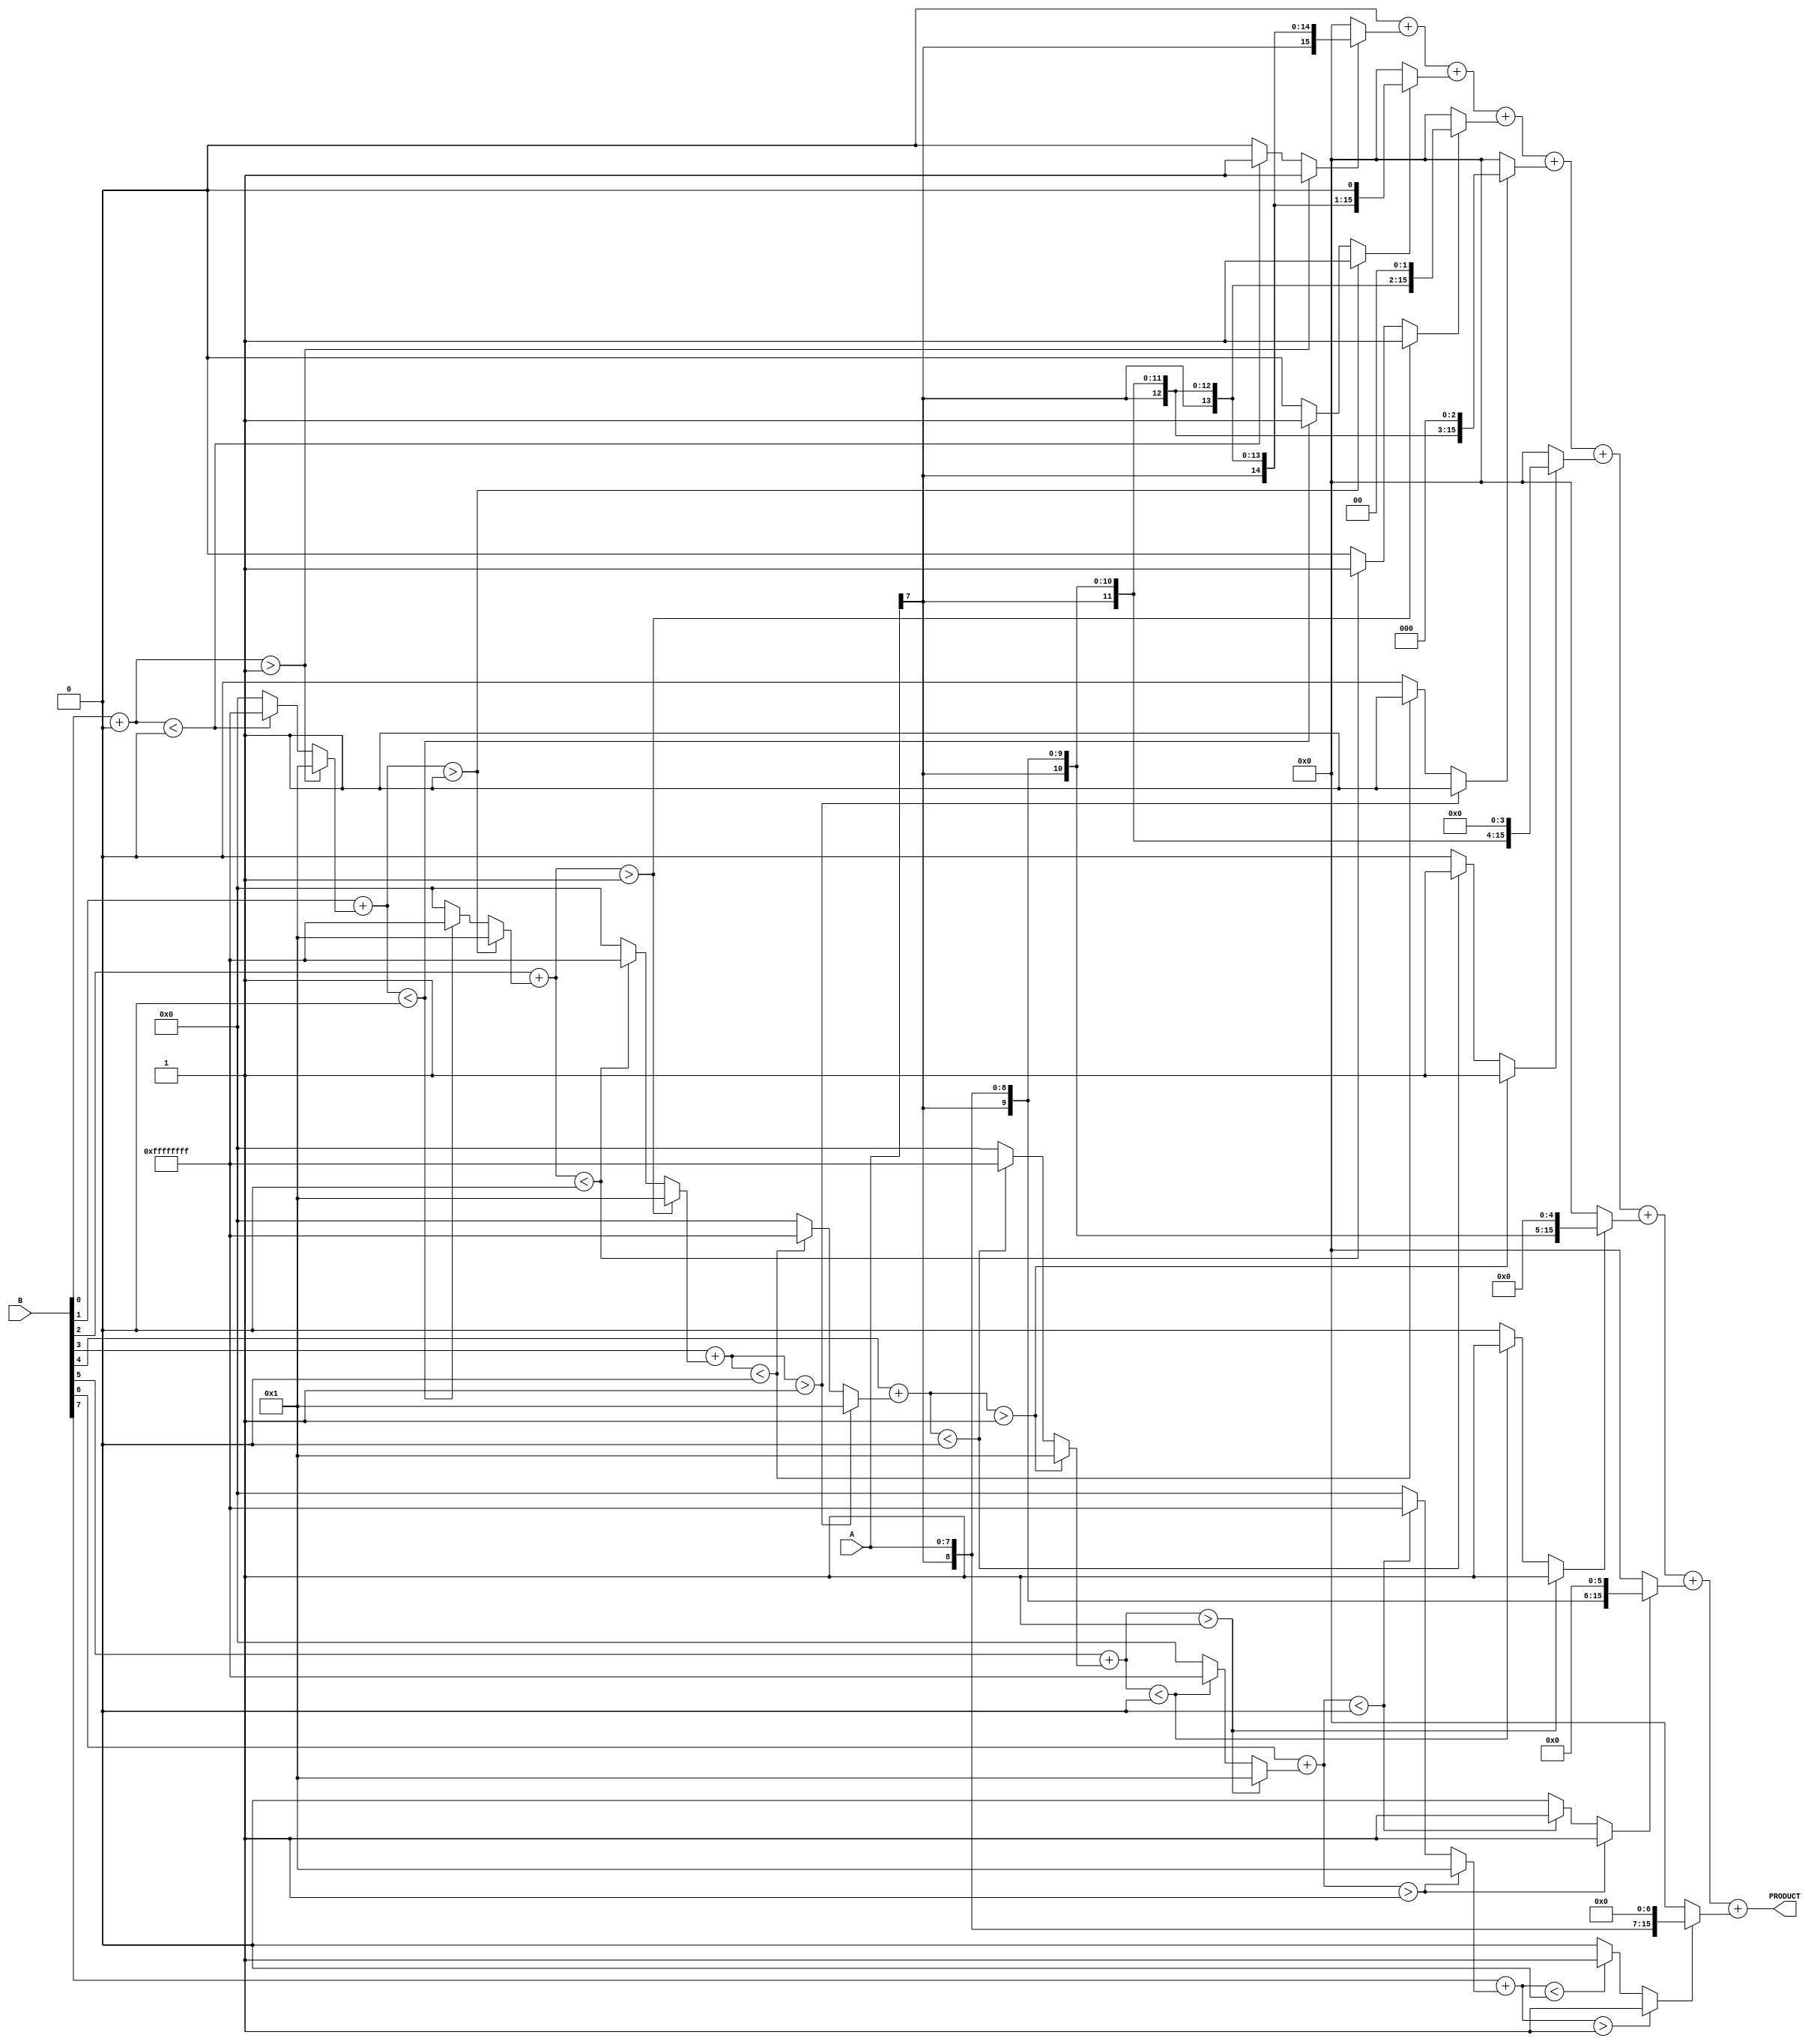
module csd_multiplier #(parameter WIDTH = 8)(
    input signed [WIDTH-1:0] A,  // Multiplicand
    input signed [WIDTH-1:0] B,  // Multiplier
    output reg signed [2*WIDTH-1:0] PRODUCT // Product
);

// Function to convert binary to CSD
function signed [WIDTH-1:0] binary_to_csd;
    input signed [WIDTH-1:0] bin;
    reg signed [WIDTH-1:0] csd;
    integer i, carry;
    begin
        csd = 0;
        carry = 0;
        for (i = 0; i < WIDTH; i = i + 1) begin
            if ((bin[i] + carry) > 1) begin
                csd[i] = -1;
                carry = 1;
            end else if ((bin[i] + carry) < 0) begin
                csd[i] = 1;
                carry = -1;
            end else begin
                csd[i] = 0;
                carry = 0;
            end
        end
        binary_to_csd = csd;
    end
endfunction

// Internal signals
reg signed [WIDTH-1:0] csd_B; // CSD representation of B
reg signed [2*WIDTH-1:0] partial_products [0:WIDTH-1]; // Partial products
integer j;

// Always block for multiplication
always @(*) begin
    // Initialize PRODUCT
    PRODUCT = 0;
    
    // Convert B to its CSD representation
    csd_B = binary_to_csd(B);

    // Generate partial products
    for (j = 0; j < WIDTH; j = j + 1) begin
        if (csd_B[j] == 1) begin
            partial_products[j] = A << j; // Positive contribution
        end else if (csd_B[j] == -1) begin
            partial_products[j] = -A << j; // Negative contribution
        end else begin
            partial_products[j] = 0; // No contribution
        end
    end

    // Accumulate partial products
    for (j = 0; j < WIDTH; j = j + 1) begin
        PRODUCT = PRODUCT + partial_products[j];
    end
end

endmodule